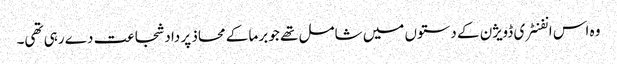
وہ اس انفنٹری ڈویژن کے دستوں میں شامل تھے جو برما کے محاذ پر داد شجاعت دے رہی تھی۔